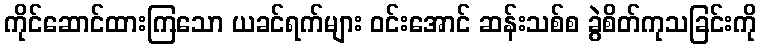
ကိုင်ဆောင်ထားကြသော ယခင်ရက်များ ဝင်းအောင် ဆန်းသစ်စ ခွဲစိတ်ကုသခြင်းကို